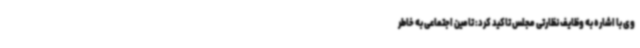
وی با اشاره به وظایف نظارتی مجلس تاکید کرد: تامین اجتماعی به خاطر